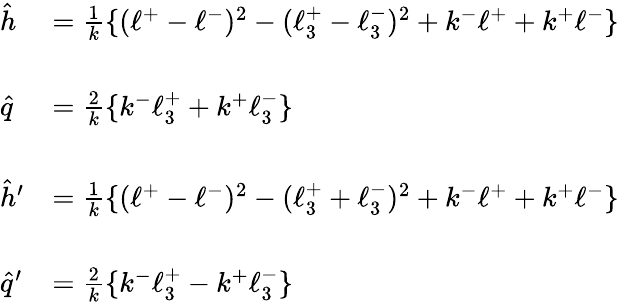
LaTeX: \begin{array}{ll}{{\hat{h}}}&{{=\frac{1}{k}\{ (\ell^{+}-\ell^{-})^{2}-(\ell_{3}^{+}-\ell_{3}^{-})^{2}+k^{-}\ell^{+}+k^{+}\ell^{-}\} }}\\ {{}}&{{}}\\ {{\hat{q}}}&{{=\frac{2}{k}\{ k^{-}\ell_{3}^{+}+k^{+}\ell_{3}^{-}\} }}\\ {{}}&{{}}\\ {{\hat{h}^{\prime}}}&{{=\frac{1}{k}\{ (\ell^{+}-\ell^{-})^{2}-(\ell_{3}^{+}+\ell_{3}^{-})^{2}+k^{-}\ell^{+}+k^{+}\ell^{-}\} }}\\ {{}}&{{}}\\ {{\hat{q}^{\prime}}}&{{=\frac{2}{k}\{ k^{-}\ell_{3}^{+}-k^{+}\ell_{3}^{-}\} }}\end{array}